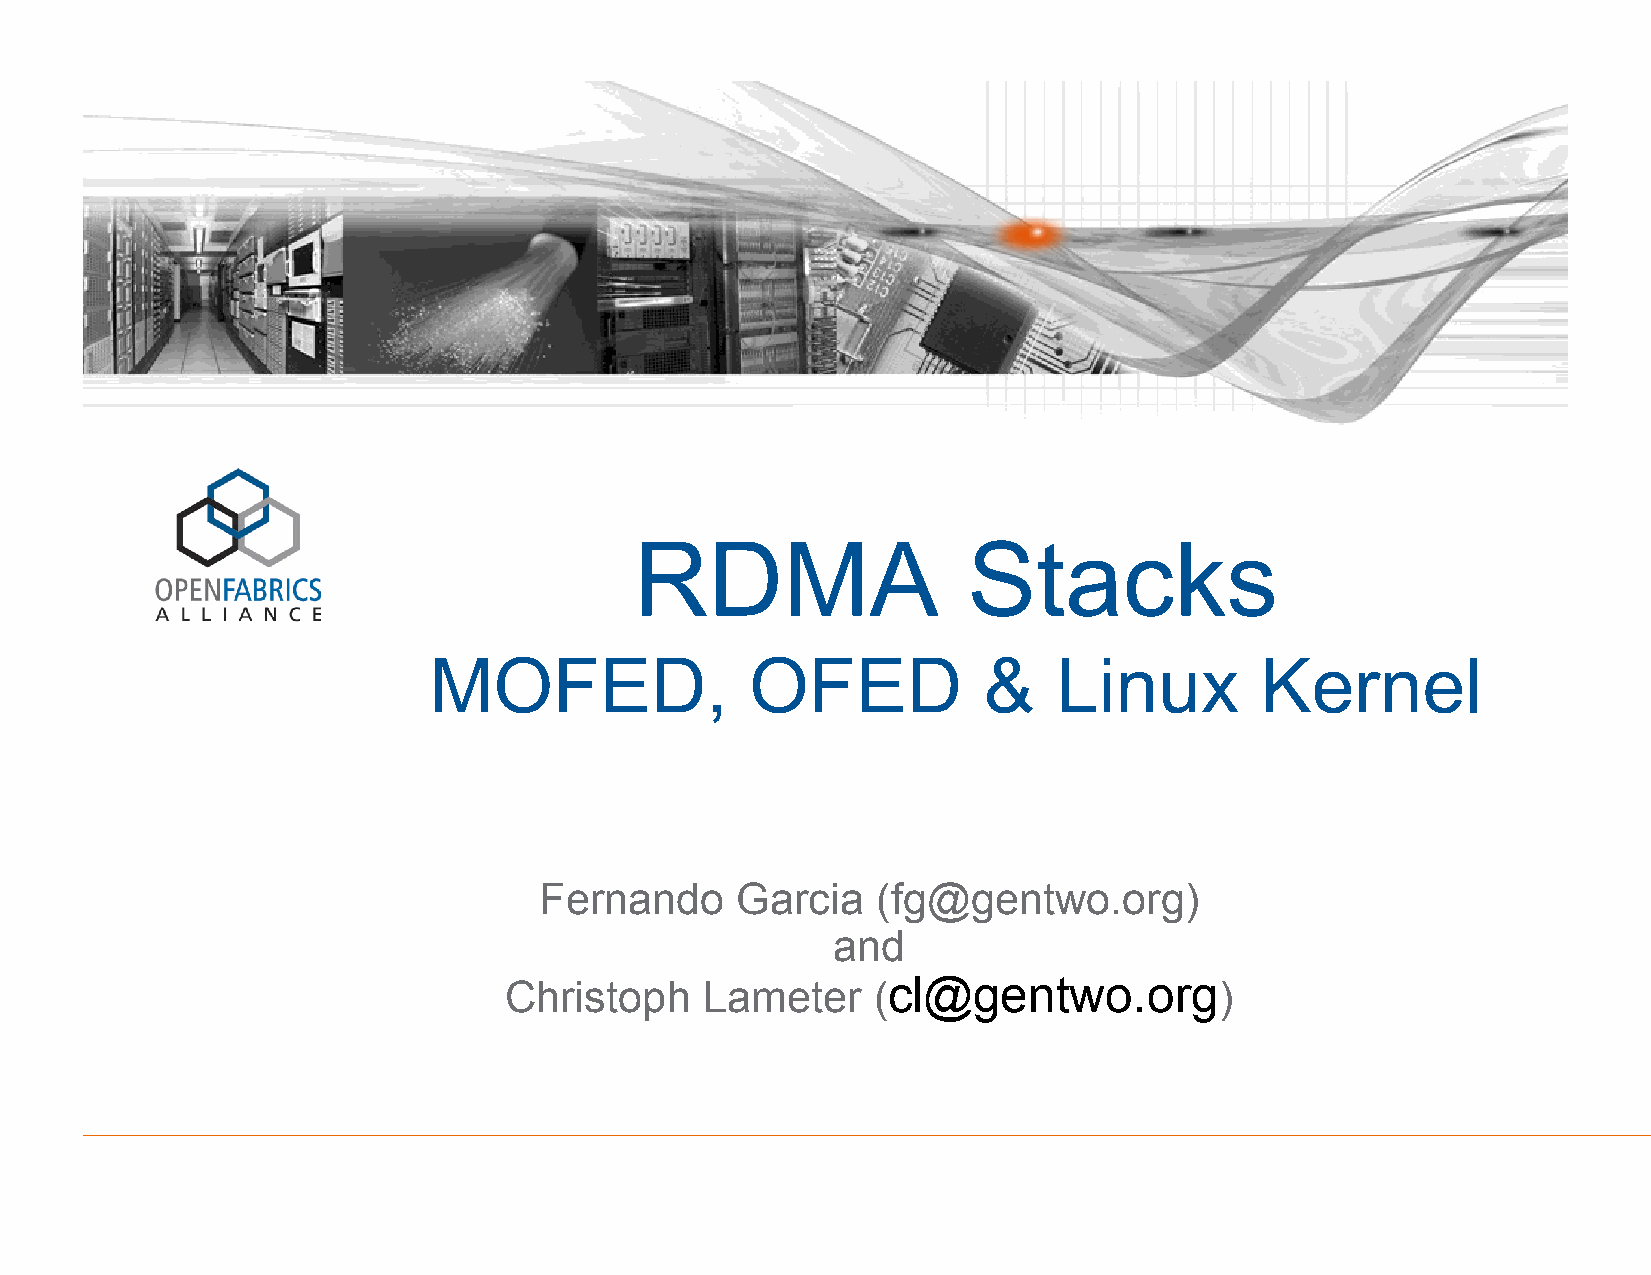
RDMA                  Stacks
 MOFED,                OFED           &    Linux        Kernel
 Fernando     Garcia   (fg@gentwo.org)
 and
 Christoph    Lameter     (cl@gentwo.org)